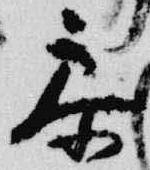
参